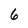
Character: 6